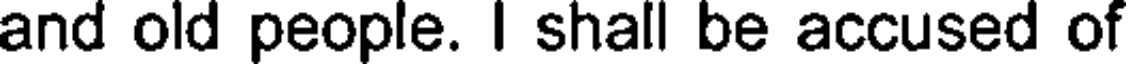
and old people. I shall be accused of